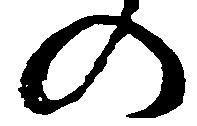
の